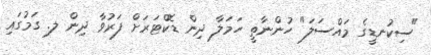
"ސިކުނޑީގެ މައްސަލަ" ހުންނާތީ ހަމަލާ ދިން ޑޮކްޓަރަށް ފަރުވާ ދިން ލ. ގަމުގައި